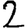
Digit: 2